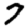
Digit: 7